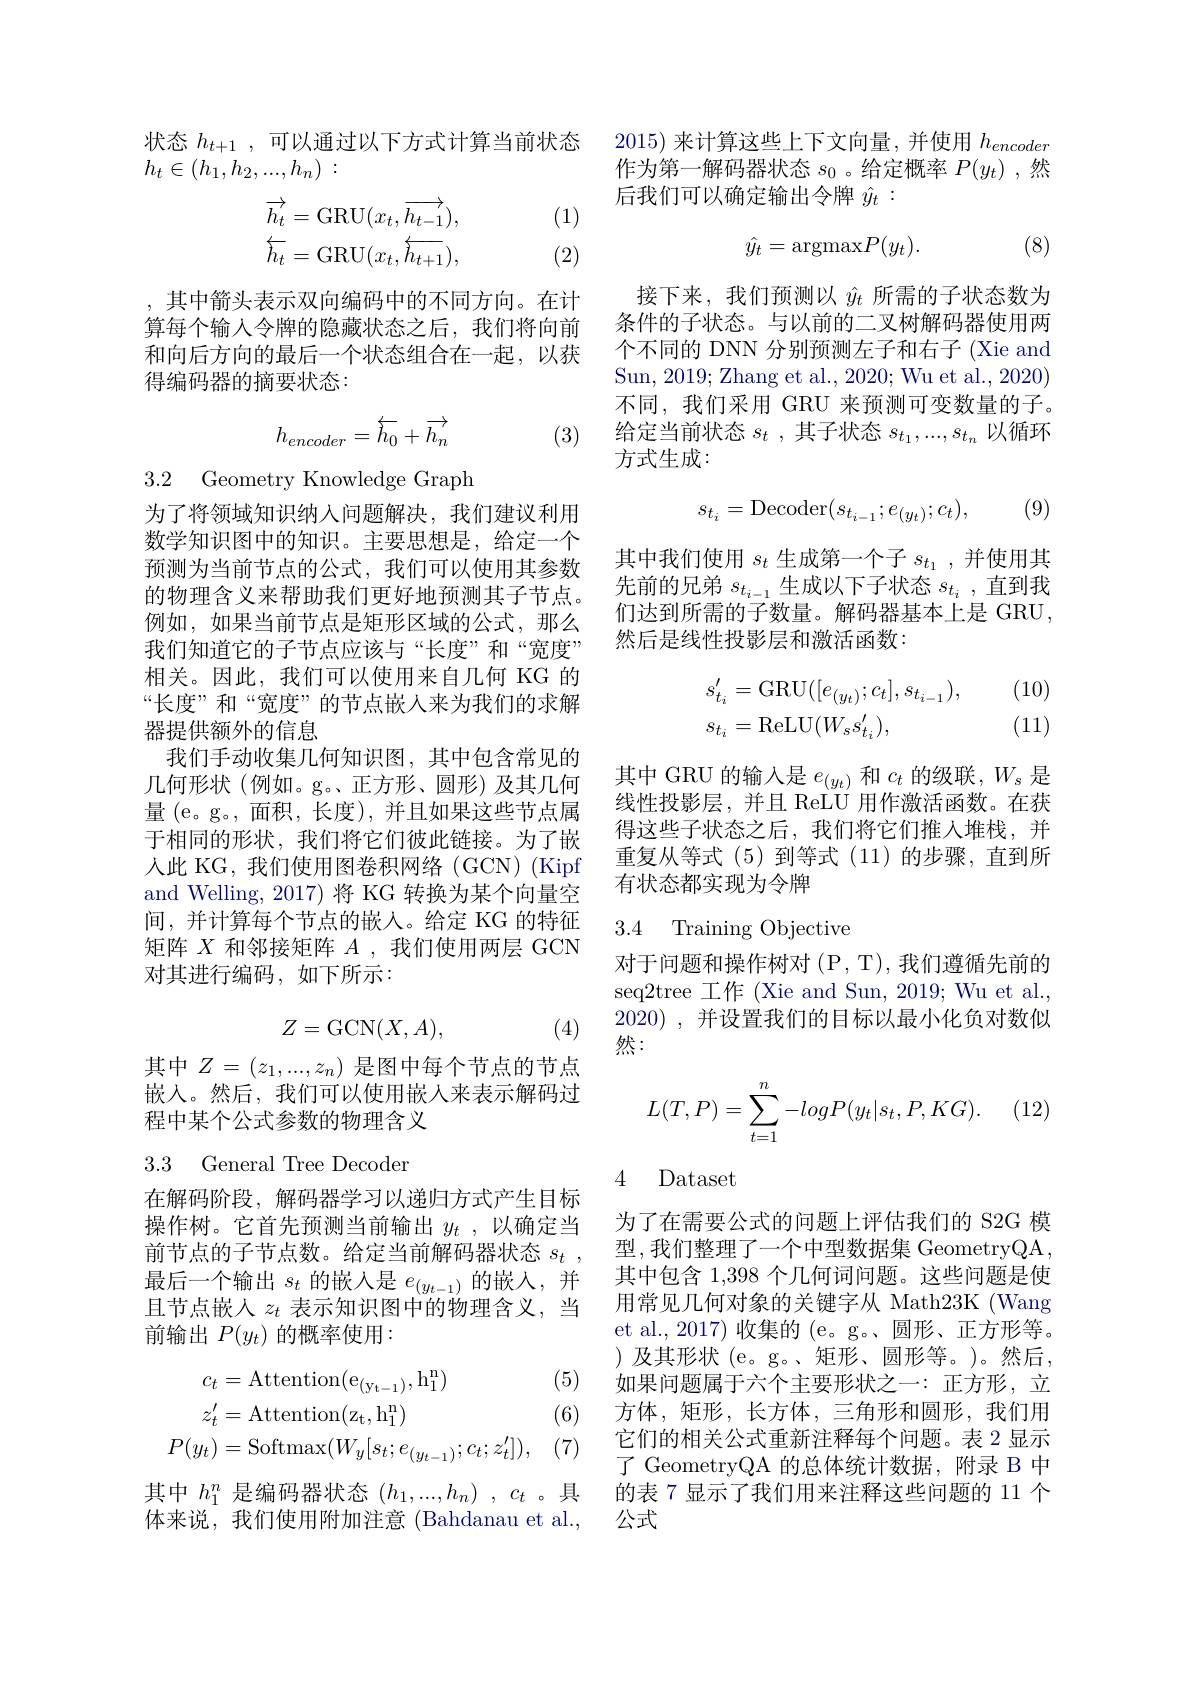
状态$h_{t+1}$,可以通过以下方式计算当前状态
$h_t\in ( h_1, h_2, . . . , h_n)$ :

(1)
$$\begin{aligned}\overrightarrow{h_t}&=\mathrm{GRU}(x_t,\overrightarrow{h_{t-1}}),\\\overleftarrow{h_t}&=\mathrm{GRU}(x_t,\overleftarrow{h_{t+1}}),\end{aligned}$$
(2)

,其中箭头表示双向编码中的不同方向。在计算每个输入令牌的隐藏状态之后，我们将向前和向后方向的最后一个状态组合在一起，以获得编码器的摘要状态：

(3)
$$h_{encoder}=\stackrel{\leftarrow}{h_0}+\stackrel{\rightarrow}{h_n}$$
3.2 Geometry Knowledge Graph

为了将领域知识纳入问题解决，我们建议利用数学知识图中的知识。主要思想是，给定一个预测为当前节点的公式，我们可以使用其参数的物理含义来帮助我们更好地预测其子节点。例如，如果当前节点是矩形区域的公式，那么我们知道它的子节点应该与“长度”和“宽度” 相关。因此，我们可以使用来自几何 KG 的“长度”和“宽度”的节点嵌入来为我们的求解器提供额外的信息
我们手动收集几何知识图，其中包含常见的几何形状(例如。g。正方形、圆形)及其几何量 (e。g。,面积，长度),并且如果这些节点属于相同的形状，我们将它们彼此链接。为了嵌人此 KG, 我们使用图卷积网络 (GCN) (Kipf and Welling, 2017) 将 KG 转换为某个向量空间，并计算每个节点的嵌入。给定 KG 的特征矩阵$X$和邻接矩阵$A$ ,我们使用两层 GCN 对其进行编码，如下所示：
$$Z=\mathrm{GCN}(X,A),$$
(4)

其中$Z=(z_1,...,z_n)$ 是图中每个节点的节点嵌入。然后，我们可以使用嵌入来表示解码过程中某个公式参数的物理含义

3.3 General Tree Decoder

在解码阶段，解码器学习以递归方式产生目标操作树。它首先预测当前输出$y_t$ ,以确定当前节点的子节点数。给定当前解码器状态$s_t$ , 最后一个输出$s_t$的嵌入是$e_{(y_{t-1})}$的嵌人，并且节点嵌入$z_t$表示知识图中的物理含义，当前输出$P(y_t)$的概率使用：

(5)
$$\begin{aligned}c_{t}&=\mathrm{Attention}(\mathrm{e}_{(\mathrm{yt}-1)},\mathrm{h}_{1}^{\mathrm{n}})\\z_{t}^{\prime}&=\mathrm{Attention}(\mathrm{z}_{\mathrm{t}},\mathrm{h}_{1}^{\mathrm{n}})\\P(y_{t})&=\mathrm{Softmax}(W_{y}[s_{t};e_{(y_{t-1})};c_{t};z_{t}^{\prime}]),\end{aligned}$$
(6)

(7)

其中$h_1^n$是编码器状态$(h_1,...,h_n)$ , $c_t$ 。具体来说，我们使用附加注意(Bahdanau et al.,

2015) 来计算这些上下文向量，并使用$h_{encoder}$ 作为第一解码器状态$s_0$ 。给定概率$P(y_t)$ ,然后我们可以确定输出令牌$\hat{y}_t:$
$$\hat{y_t}=\mathrm{argmax}P(y_t).$$
(8)

接下来，我们预测以$\hat{y}_t$所需的子状态数为条件的子状态。与以前的二叉树解码器使用两个不同的 DNN 分别预测左子和右子 (Xie and Sun, 2019; Zhang et al., 2020; Wu et al., 2020) 不同，我们采用 GRU 来预测可变数量的子。给定当前状态$s_t$,其子状态$s_t_1,...,s_{t_n}$以循环方式生成：

(9)
$$s_{t_i}=\mathrm{Decoder}(s_{t_{i-1}};e_{(y_t)};c_t),$$
其中我们使用$s_t$生成第一个子$s_t_1$,并使用其先前的兄弟$s_t_{i-1}$生成以下子状态$s_t_i$ ,直到我们达到所需的子数量。解码器基本上是 GRU , 然后是线性投影层和激活函数：
$$\begin{aligned}s_{t_i}'&=\mathrm{GRU}([e_{(y_t)};c_t],s_{t_{i-1}}),\\s_{t_i}&=\mathrm{ReLU}(W_ss_{t_i}'),\end{aligned}$$
(10) (11)

其中 GRU 的输入是$e_(y_t)$和$c_t$的级联，$W_s$是线性投影层，并且 ReLU 用作激活函数。在获得这些子状态之后，我们将它们推入堆栈，并重复从等式(5)到等式(11)的步骤，直到所有状态都实现为令牌

### 3.4 Training Objective

对于问题和操作树对(P,T),我们遵循先前的seq2tree 工作 (Xie and Sun, 2019; Wu et al., 2020),并设置我们的目标以最小化负对数似然：
$$\begin{aligned}L(T,P)=\sum_{t=1}^n-logP(y_t|s_t,P,KG).\end{aligned}$$
4 Dataset

为了在需要公式的问题上评估我们的 S2G 模型，我们整理了一个中型数据集 GeometryQA, 其中包含 1,398 个几何词问题。这些问题是使用常见几何对象的关键字从 Math23K (Wang et al.,2017)收集的 (e。g。、圆形、正方形等。)及其形状(e。g。、矩形、圆形等。)。然后， 如果问题属于六个主要形状之一：正方形，立方体，矩形，长方体，三角形和圆形，我们用它们的相关公式重新注释每个问题。表 2 显示了 GeometryQA 的总体统计数据，附录 B 中的表 7 显示了我们用来注释这些问题的 11 个公式